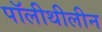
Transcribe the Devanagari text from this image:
पॉलीथीलीन